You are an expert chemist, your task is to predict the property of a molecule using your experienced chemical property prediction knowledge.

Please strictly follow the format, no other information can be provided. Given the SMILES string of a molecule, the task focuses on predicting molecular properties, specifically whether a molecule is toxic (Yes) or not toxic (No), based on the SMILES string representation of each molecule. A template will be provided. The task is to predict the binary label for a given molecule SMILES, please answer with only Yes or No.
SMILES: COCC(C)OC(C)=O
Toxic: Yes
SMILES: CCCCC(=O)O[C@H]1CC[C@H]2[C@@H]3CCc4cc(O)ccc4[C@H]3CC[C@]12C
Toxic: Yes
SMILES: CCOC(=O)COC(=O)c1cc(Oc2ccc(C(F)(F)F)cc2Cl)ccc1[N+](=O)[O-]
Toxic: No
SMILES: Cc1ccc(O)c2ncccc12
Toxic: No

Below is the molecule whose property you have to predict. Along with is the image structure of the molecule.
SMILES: CC(C)(C)c1ccc(CCC=O)cc1
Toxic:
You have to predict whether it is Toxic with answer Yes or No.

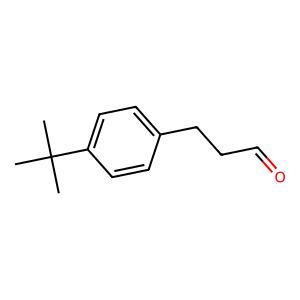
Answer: No